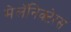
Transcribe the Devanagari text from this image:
मेलॅनिक्टेरस